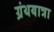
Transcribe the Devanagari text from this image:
ग्रंथयात्रा